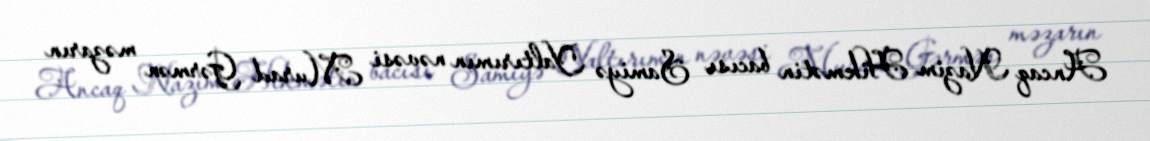
Ancaq Nazim Hikmətin bacısı Samiyə Yaltırımın nəvəsi Murad Gərmən məzarın